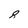
Character: 8